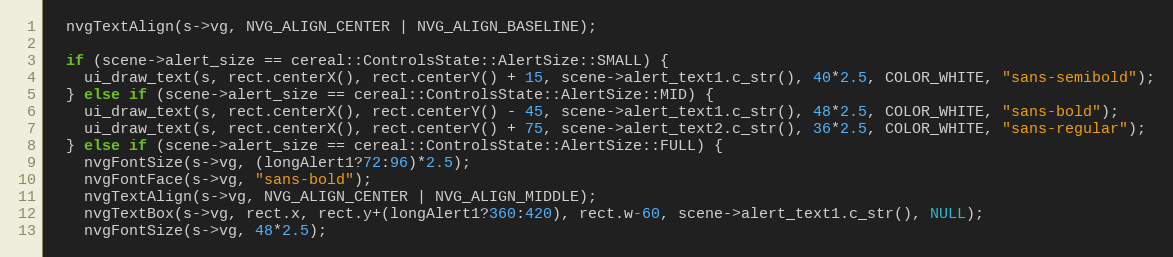
Language: C++
  nvgTextAlign(s->vg, NVG_ALIGN_CENTER | NVG_ALIGN_BASELINE);

  if (scene->alert_size == cereal::ControlsState::AlertSize::SMALL) {
    ui_draw_text(s, rect.centerX(), rect.centerY() + 15, scene->alert_text1.c_str(), 40*2.5, COLOR_WHITE, "sans-semibold");
  } else if (scene->alert_size == cereal::ControlsState::AlertSize::MID) {
    ui_draw_text(s, rect.centerX(), rect.centerY() - 45, scene->alert_text1.c_str(), 48*2.5, COLOR_WHITE, "sans-bold");
    ui_draw_text(s, rect.centerX(), rect.centerY() + 75, scene->alert_text2.c_str(), 36*2.5, COLOR_WHITE, "sans-regular");
  } else if (scene->alert_size == cereal::ControlsState::AlertSize::FULL) {
    nvgFontSize(s->vg, (longAlert1?72:96)*2.5);
    nvgFontFace(s->vg, "sans-bold");
    nvgTextAlign(s->vg, NVG_ALIGN_CENTER | NVG_ALIGN_MIDDLE);
    nvgTextBox(s->vg, rect.x, rect.y+(longAlert1?360:420), rect.w-60, scene->alert_text1.c_str(), NULL);
    nvgFontSize(s->vg, 48*2.5);